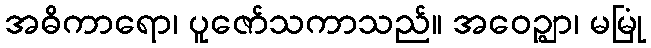
အဓိကာရော၊ ပူဇော်သကာသည်။ အဝေဉ္ဈာ၊ မမြုံ